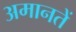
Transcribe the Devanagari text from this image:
अमानतें